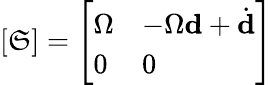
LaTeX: [\mathfrak{S}]={\left[\begin{array}{ll}{\Omega}&{-\Omega{\textbf{d}}+{\dot{\textbf{d}}}}\\ {0}&{0}\end{array}\right]}